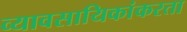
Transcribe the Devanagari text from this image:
व्यावसायिकांकरता